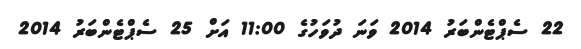
22 ސެޕްޓެންބަރު 2014 ވަނަ ދުވަހުގެ 11:00 އަށް 25 ސެޕްޓެންބަރު 2014